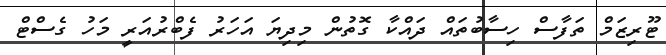
ޓޫރިޒަމް ތަފާސް ހިސާބުތައް ދައްކާ ގޮތުން މިދިޔަ އަހަރު ފެބްރުއަރީ މަހު ގެސްޓް